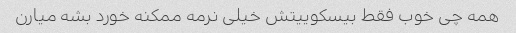
همه چی خوب فقط بیسکوییتش خیلی نرمه ممکنه خورد بشه میارن